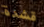
قشدة